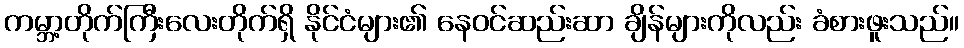
ကမ္ဘာ့တိုက်ကြီးလေးတိုက်ရှိ နိုင်ငံများ၏ နေဝင်ဆည်းဆာ ချိန်များကိုလည်း ခံစားဖူးသည်။